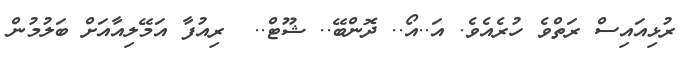
ރުޅިއައިސް ރަތްވެ ހުރެއެވެ. އަ..އޯ.. ދޮންބޭ.. ޝޫޓް..  ރިއުފާ އަމޭލިއާއަށް ބަލުމުން